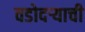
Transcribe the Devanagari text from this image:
वडोदऱ्याची